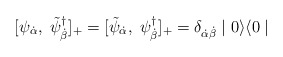
\begin{align*}[\psi_{{\dot \alpha}},\; \tilde{\psi}^{\dagger}_{{\dot \beta}}]_{+} = [\tilde{\psi}_{{\dot \alpha}},\; \psi^{\dagger}_{{\dot \beta}}]_{+} = \delta_{\dot{\alpha} \dot{\beta}} \mid 0 \rangle \langle 0 \mid \end{align*}